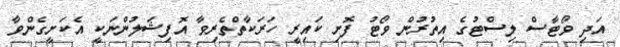
އަދި ވޯޓާސް ލިސްޓުގެ އިތުރުން ވޯޓު ފޮށި ކައިރީ ހަރަކާތްތެރިވާ އޮފިޝަލުންނަކީ އެކަށީގެންވާ